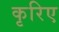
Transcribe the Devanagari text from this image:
कृरिए